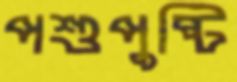
পশুপুষ্টি